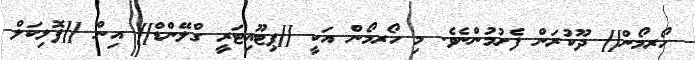
ހޯރމޯން]] ދޫކުރަން ފެށުމުންނެވެ. މި ހޯރމޯން އަކީ [[ޕިޓޫއިޓަރީ ގްލޭންޑް]] އިން [[ފޮލިކަލް